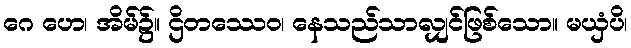
ဂေ ဟေ၊ အိမ်၌။ ဌိတဿေဝ၊ နေသည်သာလျှင်ဖြစ်သော။ မယှံပိ၊